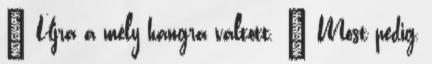
– Újra a mély hangra váltott. – Most pedig,